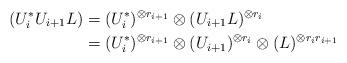
LaTeX: \begin{align*}(U_i^*U_{i+1}L) &= (U_i^*)^{\otimes r_{i+1}} \otimes(U_{i+1}L)^{\otimes r_i}\\&=(U_i^*)^{\otimes r_{i+1}} \otimes(U_{i+1})^{\otimes r_i}\otimes(L)^{\otimes r_ir_{i+1}}\end{align*}